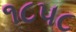
૧૮૫૮